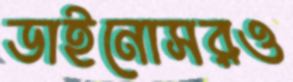
ডাইনোসরও